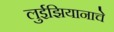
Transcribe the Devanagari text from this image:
लुईझियानाचे